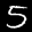
Label: 5